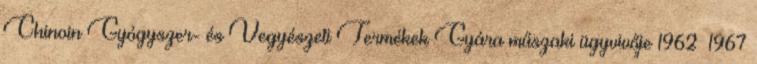
Chinoin Gyógyszer- és Vegyészeti Termékek Gyára műszaki ügyvivője 1962–1967